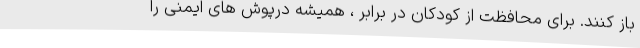
باز کنند. برای محافظت از کودکان در برابر ، همیشه درپوش های ایمنی را